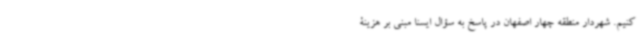
کنیم. شهردار منطقه چهار اصفهان در پاسخ به سؤال ایسنا مبنی بر هزینۀ